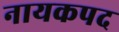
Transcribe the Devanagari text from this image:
नायकपद